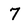
Character: 7